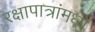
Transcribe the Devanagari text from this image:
रक्षापात्रांमध्ये